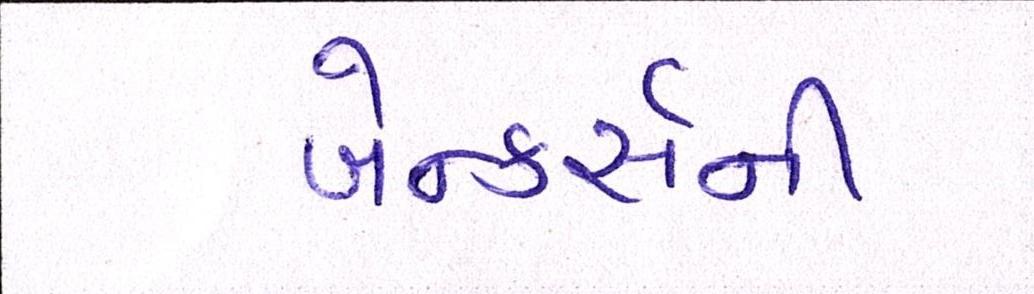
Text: બેન્કર્સની